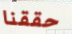
حققنا